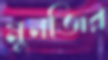
মুনজির